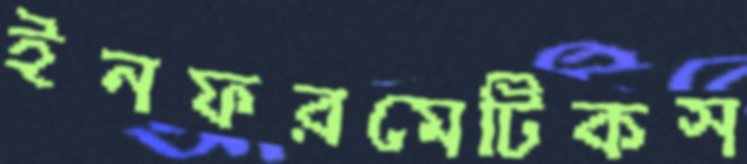
ইনফরমেটিকস